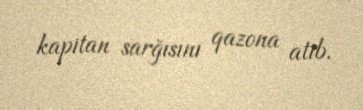
kapitan sarğısını qazona atıb.